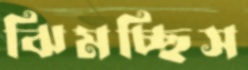
ঝিমচ্ছিস